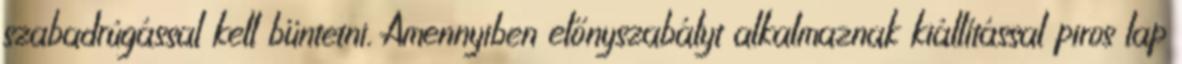
szabadrúgással kell büntetni. Amennyiben előnyszabályt alkalmaznak kiállítással piros lap